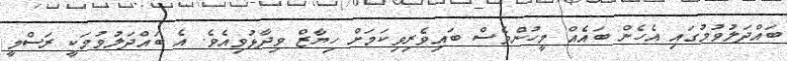
ބައްދަލުވުމުގައި އެހެން ބައެއް މީހުންވެސް ބައިވެރިވިކަމަށް ހިޔާޒް ވިދާޅުވިއެވެ. އެ ބައްދަލުވުމަކީ ރަސްމީ